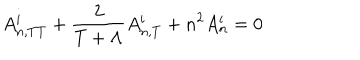
LaTeX: A _ { n , T T } ^ { i } + \frac { 2 } { T + \Lambda } A _ { n , T } ^ { i } + n ^ { 2 } A _ { n } ^ { i } = 0